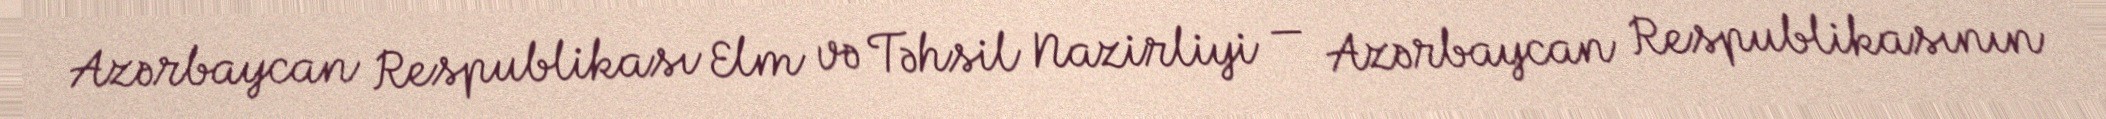
Azərbaycan Respublikası Elm və Təhsil Nazirliyi — Azərbaycan Respublikasının